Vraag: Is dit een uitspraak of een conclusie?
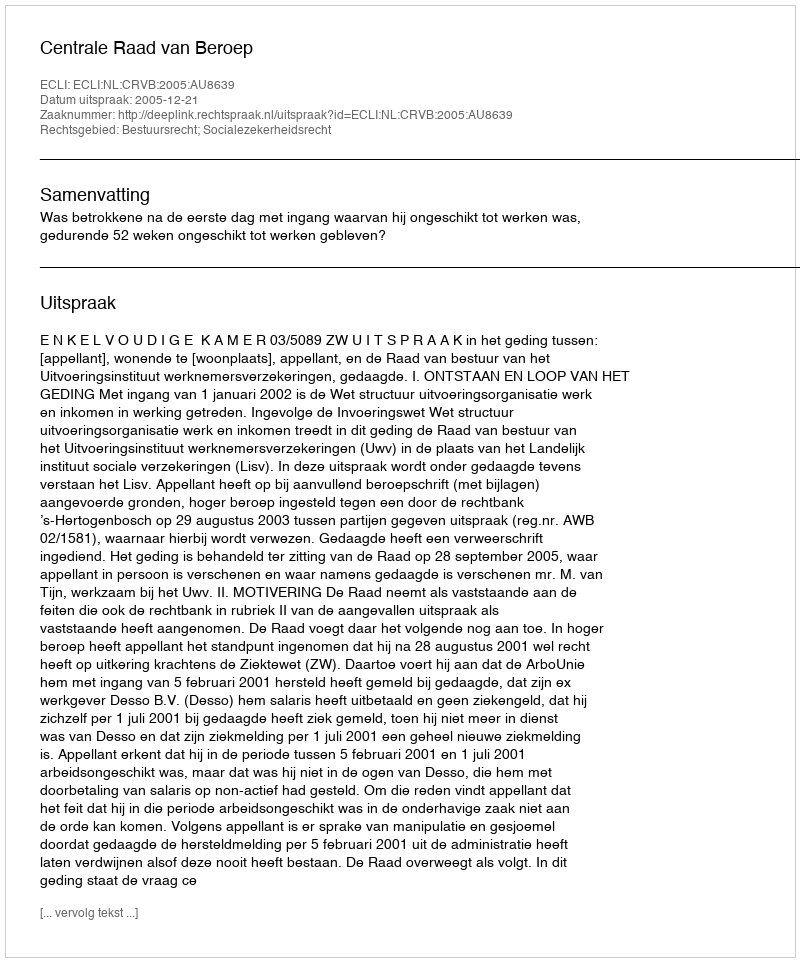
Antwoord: Uitspraak